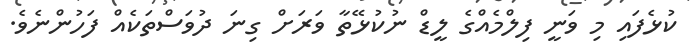
ކުޅެފައި މި ވަނީ ފިލްމެއްގެ ލީޑް ނުކުޅޭތާ ވަރަށް ގިނަ ދުވަސްތަކެއް ފަހުންނެވެ.